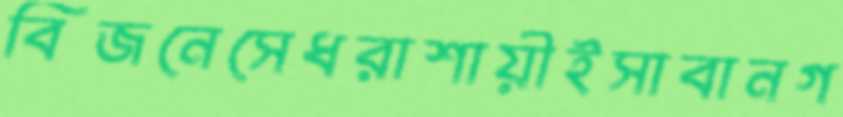
বিজনেসেধরাশায়ীইসাবানগ